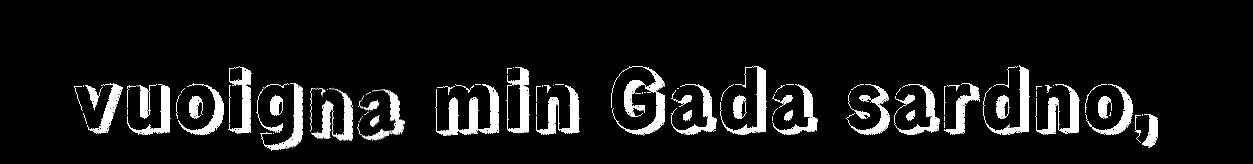
vuoigna min Gada sardno,